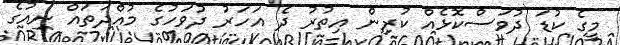
މީގެ ކުޑަ ދުވަސްކޮޅެއް ކުރިން އިތުރު ދެ އަހަރު ދުވަހުގެ މުއްދަތައް ނިއުގެ